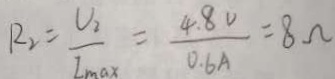
R _ { 2 } = \frac { U _ { 2 } } { I _ { \max } } = \frac { 4 . 8 V } { 0 . 6 A } = 8 \Omega